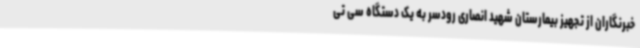
خبرنگاران از تجهیز بیمارستان شهید انصاری رودسر به یک دستگاه سی تی